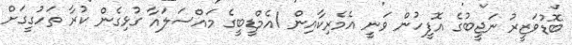
ބޮޑުވަޒީރު ނަޖީބުގެ އޮފީހުން ވަނީ އެމެރިކާއިން 1އެމްޑީބީގެ މައްސަލައާ ގުޅިގެން ކުރާ ތަހުގީގަށް